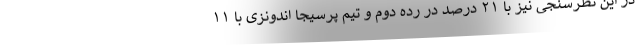
در این نظرسنجی نیز با ۲۱ درصد در رده دوم و تیم پرسیجا اندونزی با ۱۱